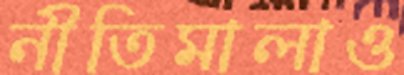
নীতিমালাও